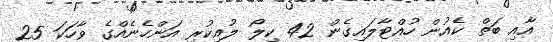
އާއި ބަތް ކެއުން ހުއްޓާލައިގެން 42 ކިލޯ ލުއިކުރި އަންހެނެއްގެ ވާހަކަ 25